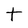
Character: t